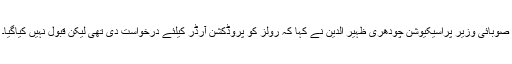
صوبائی وزیر پراسیکیوشن چودھری ظہیر الدین نے کہا کہ رولز کو پروڈکشن آرڈر کیلئے درخواست دی تھی لیکن قبول نہیں کیاگیا۔